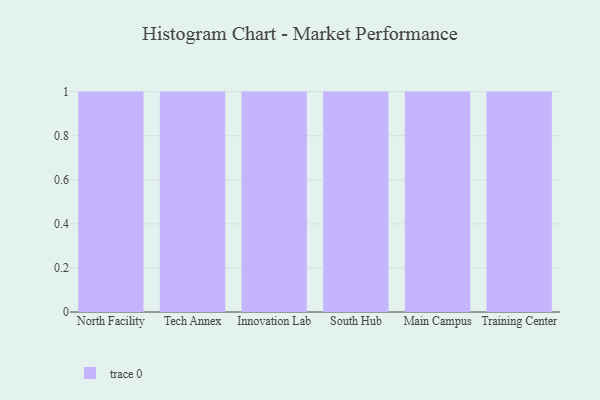
{"axis": {"x": "Campus", "y": "Latency (ms)"}, "legend": [""], "data": [{"x": "North Facility", "y": 54, "type": ""}, {"x": "Tech Annex", "y": 92, "type": ""}, {"x": "Innovation Lab", "y": 44, "type": ""}, {"x": "South Hub", "y": 13, "type": ""}, {"x": "Main Campus", "y": 42, "type": ""}, {"x": "Training Center", "y": 84, "type": ""}]}